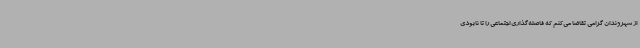
از شهروندان گرامی تقاضا می‌کنم که فاصله‌گذاری اجتماعی را تا نابودی